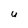
Character: U